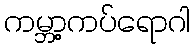
ကမ္ဘာ့ကပ်ရောဂါ